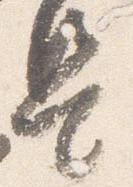
是